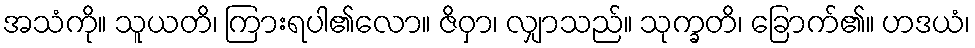
အသံကို။ သူယတိ၊ ကြားရပါ၏လော။ ဇိဝှာ၊ လျှာသည်။ သုက္ခတိ၊ ခြောက်၏။ ဟဒယံ၊